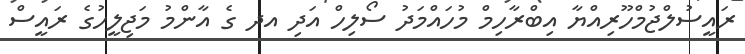
ރައީސުލްޖުމްހޫރިއްޔާ އިބްރާހިމް މުހައްމަދު ސޯލިހް އަދި އދ ގެ އާންމު މަޖިލީހުގެ ރައީސް